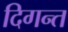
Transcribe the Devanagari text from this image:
दिगन्‍त